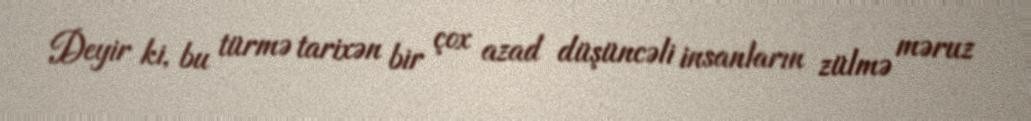
Deyir ki, bu türmə tarixən bir çox azad düşüncəli insanların zülmə məruz